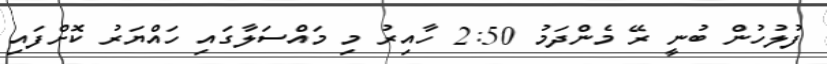
ފުލުހުން ބުނީ ރޭ މެންދަމު 2:50 ހާއިރު މި މައްސަލާގައި ހައްޔަރު ކޮށްފައި